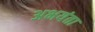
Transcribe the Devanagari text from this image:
अभयंता